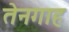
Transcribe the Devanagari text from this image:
तेनगाह